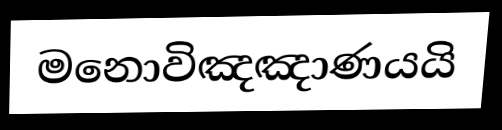
මනොවිඤඤාණයයි